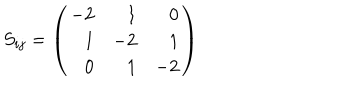
S _ { i j } = \left( \begin{array} { r r r } { { - 2 } } & { { 1 } } & { { 0 } } \\ { { 1 } } & { { - 2 } } & { { 1 } } \\ { { 0 } } & { { 1 } } & { { - 2 } } \\ \end{array} \right)